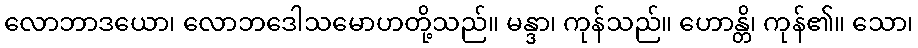
လောဘာဒယော၊ လောဘဒေါသမောဟတို့သည်။ မန္ဒာ၊ ကုန်သည်။ ဟောန္တိ၊ ကုန်၏။ သော၊